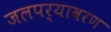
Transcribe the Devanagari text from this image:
जलपर्यावरण